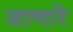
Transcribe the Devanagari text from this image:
जाणारॆ